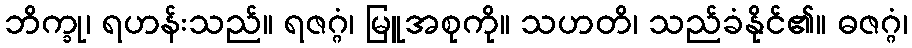
ဘိက္ခု၊ ရဟန်းသည်။ ရဇဂ္ဂံ၊ မြူအစုကို။ သဟတိ၊ သည်ခံနိုင်၏။ ဓဇဂ္ဂံ၊